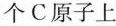
个C原子上